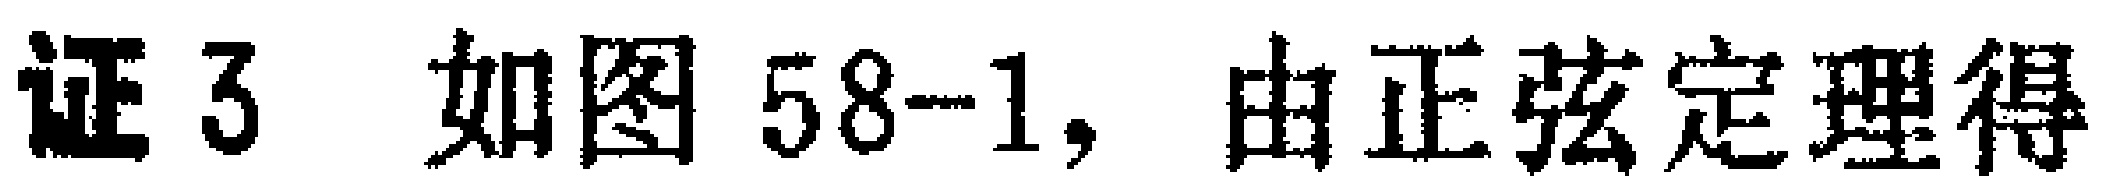
证3 如图58-1, 由正弦定理得